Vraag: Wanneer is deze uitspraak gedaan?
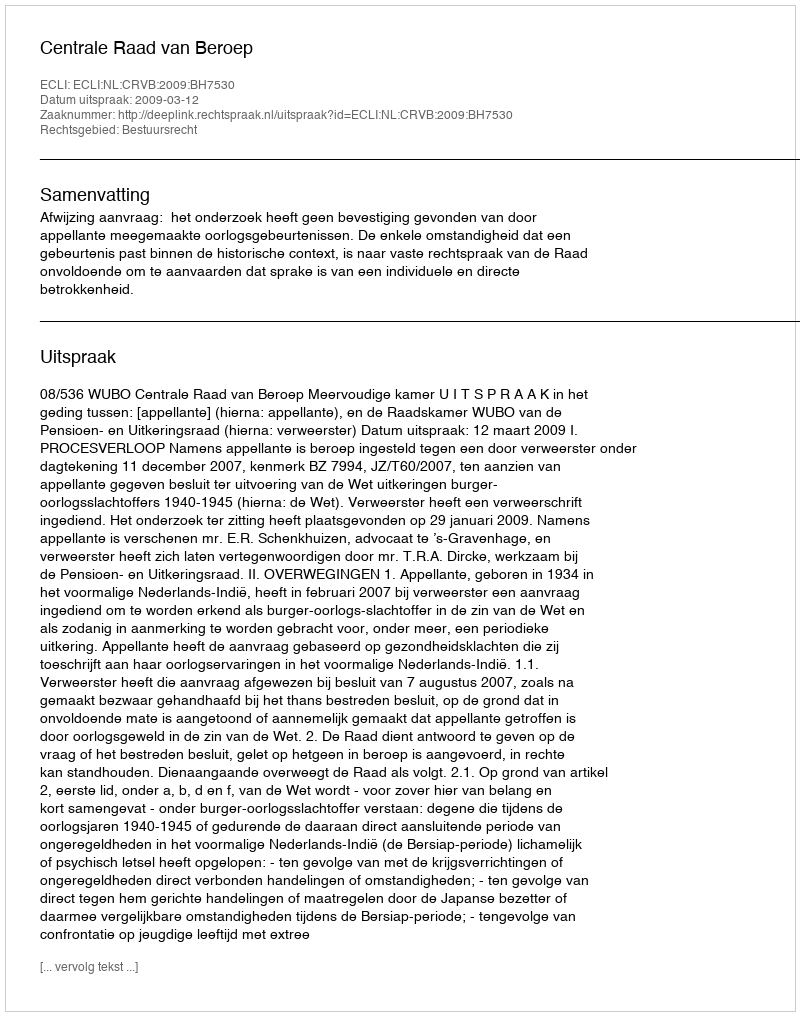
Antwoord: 2009-03-12